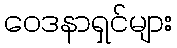
ဝေဒနာရှင်များ